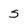
Character: s